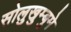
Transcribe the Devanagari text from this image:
सोलुखुम्बुमे